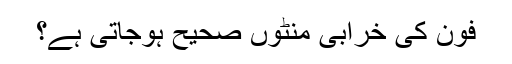
فون کی خرابی منٹوں صحیح ہوجاتی ہے؟